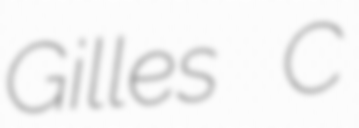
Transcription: Gilles C